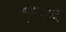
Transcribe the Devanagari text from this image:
इमशब